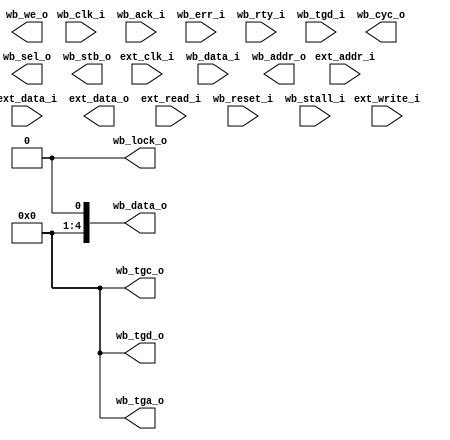
module wb_pipeline_master(
   // external address to operate on
   input [EXT_ADDR_WIDTH - 1:0]  ext_addr_i,
   // external data to operate 
   input [EXT_BUS_WIDTH - 1:0]   ext_data_i,
   // data to the external
   output [EXT_BUS_WIDTH - 1:0]  ext_data_o,
   // external write request
   input ext_write_i,
   // external read request
   input ext_read_i,
   // another input clock from the external?
   input ext_clk_i,
    
   // reset WB state
   input wb_reset_i,
   // wb part clock  
   input wb_clk_i,
   // data to be read from the WB
   input [WB_BUS_WIDTH - 1:0] wb_data_i,
   // termination of a normal bus cycle
   input wb_ack_i,
   // current slave is not able to accept the transfer
   input wb_stall_i,
   // abnormal cycle termination
   input wb_err_i,
   // interface is not ready to accept or send data, cycle should be retried
   input wb_rty_i,
   // tag associated with the input data 
   input [TAG_WIDTH - 1 : 0] wb_tgd_i,
   
   // data to put on the WB
   output [WB_BUS_WIDTH - 1:0] wb_data_o,
   // address to put on the bus
   output [WB_ADDR_WIDTH - 1:0] wb_addr_o,
   // indicates a valid bus cycle, asserted for the duration of all bys cycles
   output wb_cyc_o,
   // select the data size for the transaction
   output [WB_SEL_WIDTH - 1:0] wb_sel_o,
   // indicates a valid data transfer cycle
   output wb_stb_o,
   // if asserted to 1, means this is a write cycle
   output wb_we_o,
   // current bus cycle is uninterruptible
   output wb_lock_o,
   // tag associated with the transaction address
   output [TAG_WIDTH - 1 : 0] wb_tga_o,
   // tag associated with the cycle
   output [TAG_WIDTH - 1 : 0] wb_tgc_o,
   // tag associated with the output data
   output [TAG_WIDTH - 1 : 0] wb_tgd_o
);
   localparam BYTE_SIZE     = 8;
   localparam SHORT_SIZE    = BYTE_SIZE * 2;
   localparam WORD_SIZE     = BYTE_SIZE * 4;
   localparam DWORD_SIZE    = BYTE_SIZE * 8;
   parameter WB_BUS_WIDTH   = 16;
   parameter WB_ADDR_WIDTH  = 32;
   parameter EXT_BUS_WIDTH  = 16;
   parameter EXT_ADDR_WIDTH = 26;
   parameter LED_WIDTH      = 16;
   parameter TAG_WIDTH      = 4;
   localparam WB_SEL_WIDTH  = WB_BUS_WIDTH / BYTE_SIZE;

   localparam STATE_IDLE = 0;
   localparam STATE_BUSY = 1;

   // assert to 0 unused signals
   assign wb_tga_o = 0;
   assign wb_tgc_o = 0;
   assign wb_tgd_o = 0;
   assign wb_lock_o = 0;

   reg [10:0] state;

   // dual clock fifo to queue requests? 


   // asserted to 1 if any external request is present
   wire accessed;
   assign accessed = ext_read_i || ext_write_i;

   always @ (posedge wb_clk_i) begin
      if (wb_reset_i) begin
         state <= STATE_IDLE;
      end else begin
         if (state == STATE_IDLE && accessed) begin
            state <= STATE_BUSY;
         end else if (state == STATE_BUSY) begin
            state <= STATE_IDLE;
         end
      end
   end

endmodule